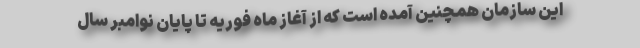
این سازمان همچنین آمده است که از آغاز ماه فوریه تا پایان نوامبر سال